Lunatic asylums Bombay report 1878-1890 - 1878-1890
Year: 1878
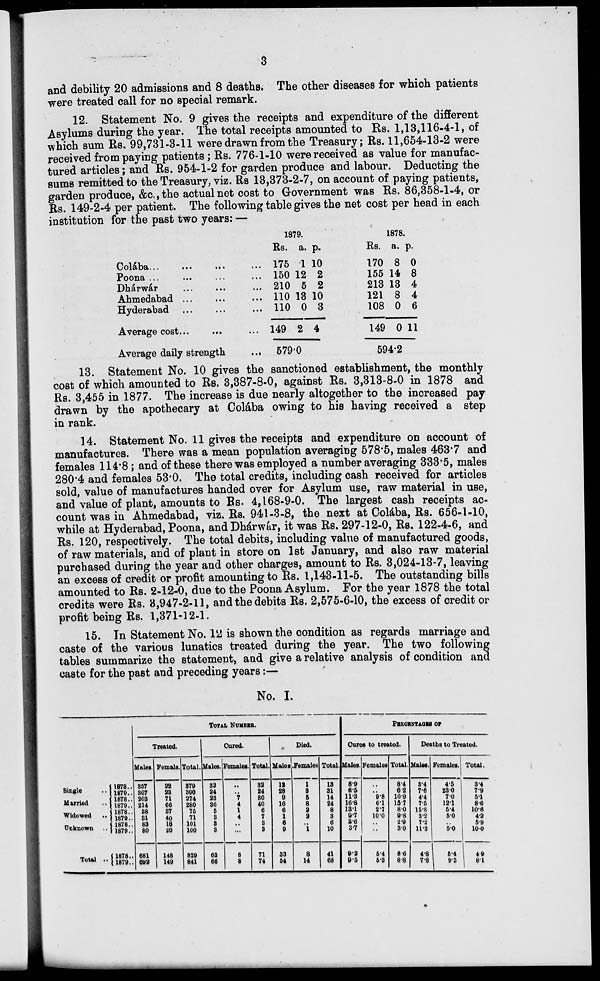
3
and debility 20 admissions and 8 deaths. The other diseases for which patients
were treated call for no special remark.
12. Statement No. 9 gives the receipts and expenditure of the different
Asylums during the year. The total receipts amounted to Rs. 1,13,116-4-1, of
which sum Rs. 99,731-3-11 were drawn from the Treasury; Rs. 11,654-13-2 were
received from paying patients; Rs. 776-1-10 were received as value for manufac-
tured articles; and Rs. 954-1-2 for garden produce and labour. Deducting the
sums remitted to the Treasury, viz. Rs 13,373-2-7, on account of paying patients,
garden produce, &c.,the actual net cost to Government was Rs. 86,358-1-4, or
Rs. 149-2-4 per patient. The following table gives the net cost per head in each
institution for the past two years: —
Colába...
Poona ...
Dhárwár
Ahmedabad ...
Hyderabad
Average cost...
...
Average daily strength
1879.
Rs.
175
150
210
110
110
149
a.
1
12
5
13
0
2
p.
10
2
2
10
3
4
579.0
1878.
Rs.
170
155
213
121
108
149
a.
8
14
13
8
0
0
p.
0
8
4
4
6
11
594.2
13. Statement No. 10 gives the sanctioned establishment, the monthly
cost of which amounted to Rs. 3,387-8-0, against Rs. 3,313-8-0 in 1878 and
Rs. 3,455 in 1877. The increase is due nearly altogether to the increased pay
drawn by the apothecary at Colába owing to his having received a step
in rank.
14. Statement No. 11 gives the receipts and expenditure on account of
manufactures. There was a mean population averaging 578.5, males 463.7 and
females 114.8; and of these there was employed a number averaging 333.5, males
280.4 and females 53.0. The total credits, including cash received for articles
sold, value of manufactures handed over for Asylum use, raw material in use,
and value of plant, amounts to Rs. 4,168-9-0. The largest cash receipts ac-
count was in Ahmedabad, viz. Rs. 941-3-8, the next at Colába, Rs. 656-1-10,
while at Hyderabad, Poona, and Dhárwár, it was Rs, 297-12-0, Rs, 122-4-6, and
Rs. 120, respectively. The total debits, including value of manufactured goods,
of raw materials, and of plant in store on 1st January, and also raw material
purchased during the year and other charges, amount to Rs. 3,024-13-7, leaving
an excess of credit or profit amounting to Rs. 1,143-11-5. The outstanding bills
amounted to Rs. 2-12-0, due to the Poona Asylum. For the year 1878 the total
credits were Rs. 3,947-2-11, and the debits Rs. 2,575-6-10, the excess of credit or
profit being Rs. 1,371-12-1.
15. In Statement No. 12 is shown the condition as regards marriage and
caste of the various lunatics treated during the year. The two following
tables summarize the statement, and give a relative analysis of condition and
caste for the past and preceding years:—
No. I.
Single ..
Married ..
Widowed ..
Unknown ..
Total ..
1878..
1879..
1878..
1879..
1878..
1879..
1878..
1879..
1878..
1879..
TOTAL NUMBER.
Treated.
Males.
857
807
308
214
88
81
88
80
681
692
Female.
22
28
71
66
87
40
18
20
148
149
Total.
879
890
274
280
75
71
101
100
829
841
Cured.
Males.
32
24
28
36
5
8
8
8
68
66
Females.
..
..
7
4
1
4
..
...
8
8
Total.
32
24
30
40
6
7
8
8
71
74
Died.
Males
13
28
9
16
6
1
6
9
33
54
Females
1
8
5
8
2
2
..
1
8
14
Total.
18
81
14
24
8
8
6
10
41
68
PECENTAGES OF
Cures to treated.
Males.
8.9
6.5
11.8
16.8
13.1
9.7
8.6
3.7
9.2
0.5
Females
..
..
9.8
6.1
2.7
10.0
..
..
5.4
6.3
Total.
8.4
6 2
10.9
15.7
8.0
9.8
2.9
3.0
8 6
8.8
Deaths to Treated.
Males.
8.4
7.6
4.4
75
15.8
8.2
7.2
11.2
4.8
7.8
Females.
4.5
23.0
7.0
12.1
5.4
5.0
..
5.0
5.4
9.3
Total.
8.4
7.9
5.1
8.6
10.6
4.2
5.9
100
4'9
8.1